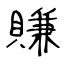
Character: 賺